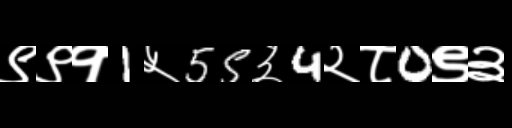
Text: ९९१1५55३4२८0९३